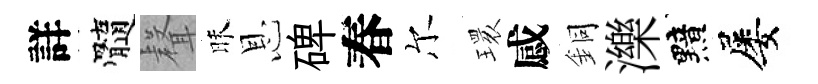
詳髓𮋻昧恩碑春尔𤨔感銅濼黯屡